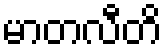
မာတလီတိ